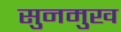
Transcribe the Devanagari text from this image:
सुनमुख